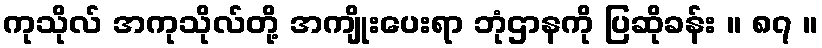
ကုသိုလ် အကုသိုလ်တို့ အကျိုးပေးရာ ဘုံဌာနကို ပြဆိုခန်း ။ ၈၇ ။